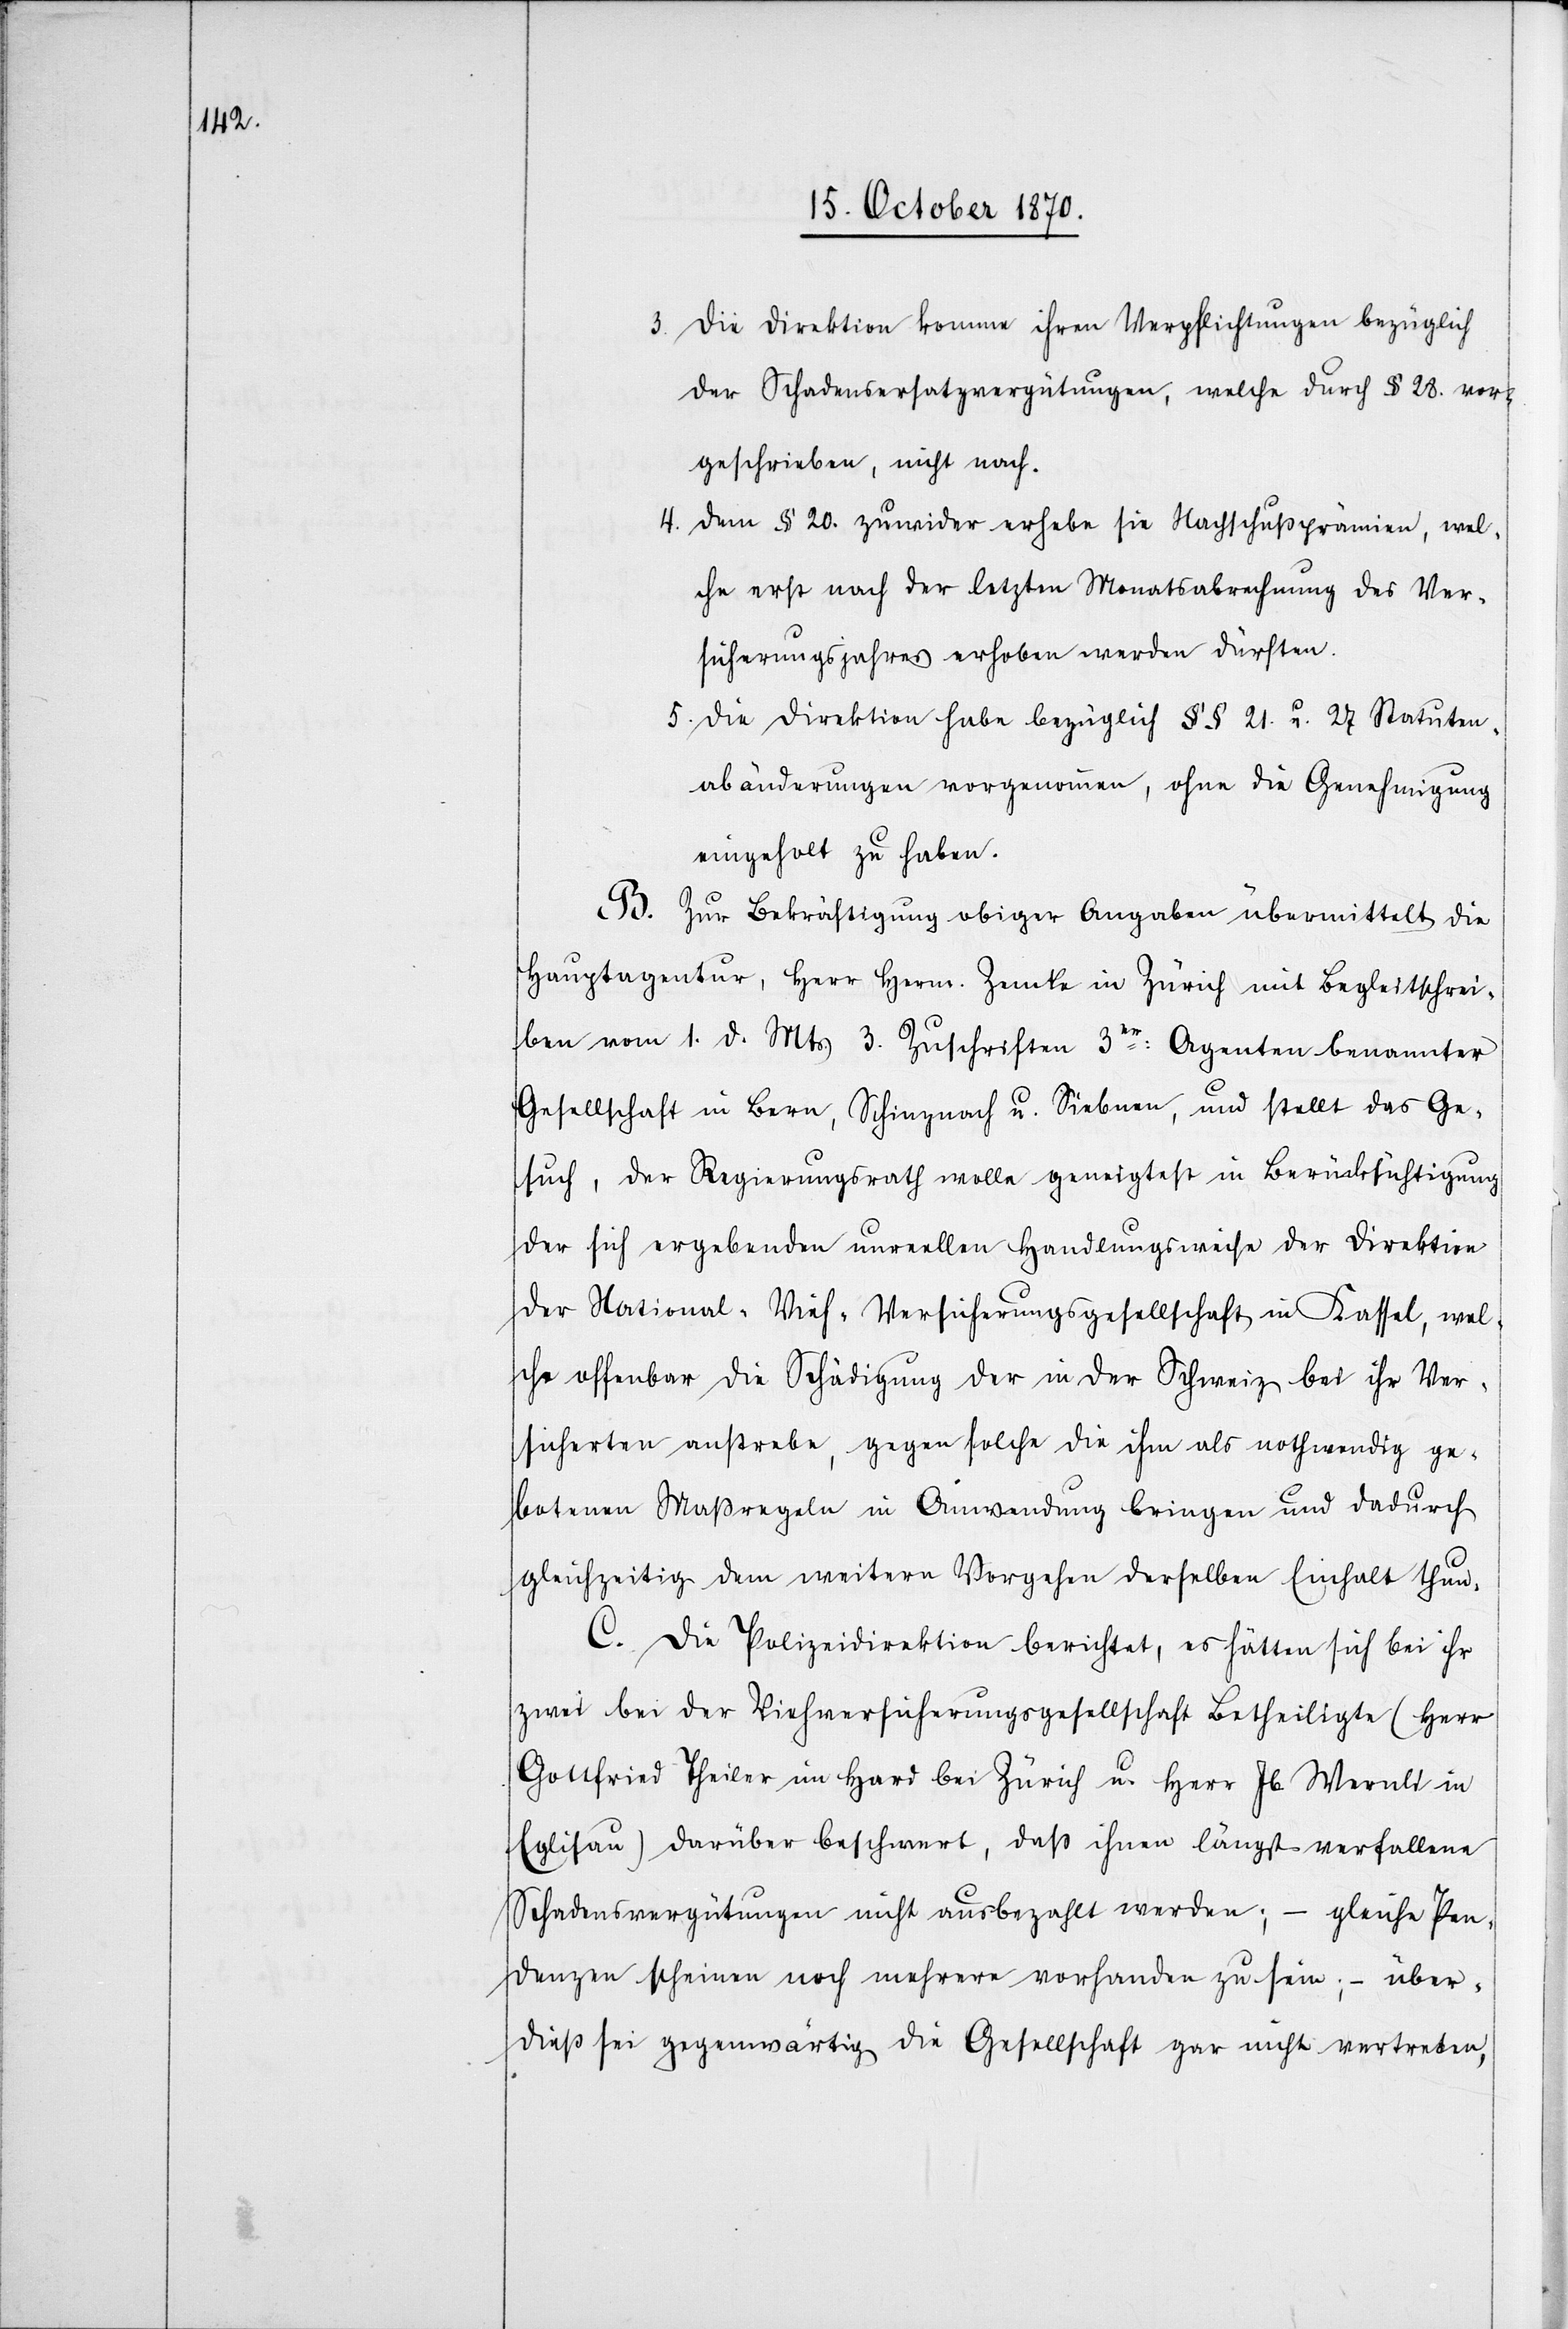
3. Die Direktion komme ihren Verpflichtungen bezüglich
der Schadensersatzvergütungen, welche durch § 28. vor¬
geschrieben, nicht nach.
4.
Dem § 20. zuwider erhebe sie Nachschußprämien, wel¬
che erst nach der letzten Monatsabrechnung des Ver¬
sicherungsjahres erhoben werden dürften.
5.
Die Direktion habe bezüglich §§ 21. u. 27 Statuten¬
abänderungen vorgenommen, ohne die Genehmigung
eingeholt zu haben.
B. Zur Bekräftigung obiger Angaben übermittelt die
Hauptagentur, Herr Herm. Zemke in Zürich mit Begleitschrei¬
ben vom 1. d. Mts 3. Zuschriften 3er: Agenten benannter
Gesellschaft in Bern, Schinznach u. Siebnen, und stellt das Ge¬
such, der Regierungsrath wolle geneigtest in Berücksichtigung
der sich ergebenden unreellen Handlungsweise der Direktion
der National-Vieh-Versicherungsgesellschaft in Kassel, wel¬
che offenbar die Schädigung der in der Schweiz bei ihr Ver¬
sicherten anstrebe, gegen solche die ihm als nothwendig ge¬
botenen Maßregeln in Anwendung bringen und dadurch
gleichzeitig dem weitern Vorgehen derselben Einhalt thun.
C. Die Polizeidirektion berichtet, es hätten sich bei ihr
zwei bei der Viehversicherungsgesellschaft Betheiligte (Herr
Gottfried Theiler im Hari bei Zürich u. Herr Jb. Wernli in
Eglisau) darüber beschwert, daß ihnen längst verfallene
Schadensvergütungen nicht ausbezahlt worden; – gleiche Pen¬
denzen scheinen noch mehrere vorhanden zu sein; – über¬
dieß sei gegenwärtig die Gesellschaft gar nicht vertreten,